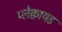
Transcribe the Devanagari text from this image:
प्लेक्वायड